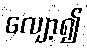
လျော့၍